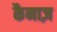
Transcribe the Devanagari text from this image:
कैनाज़